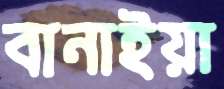
বানাইয়া